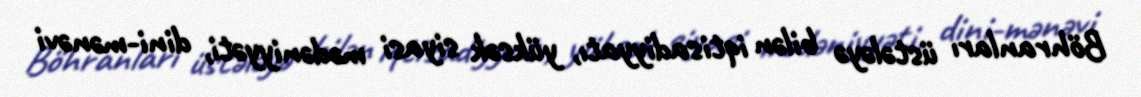
Böhranları üstələyə bilən iqtisadiyyatı, yüksək siyasi mədəniyyəti, dini-mənəvi